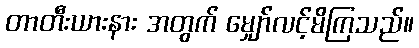
တာတီးယားနား အတွက် မျှော်လင့်မိကြသည်။